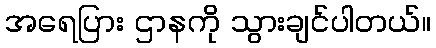
အရေပြား ဌာနကို သွားချင်ပါတယ်။